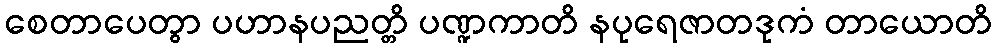
စေတာပေတွာ ပဟာနပညတ္တိ ပဏ္ဍကာတိ နပုရေဇာတဒုကံ တာယောတိ